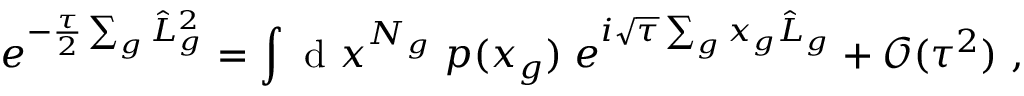
e ^ { - \frac { \tau } { 2 } \sum _ { g } \hat { L } _ { g } ^ { 2 } } = \int \mathrm { ~ d ~ } x ^ { N _ { g } } \; p ( x _ { g } ) \; e ^ { i \sqrt { \tau } \sum _ { g } x _ { g } \hat { L } _ { g } } + \mathcal { O } ( \tau ^ { 2 } ) ~ ,